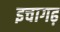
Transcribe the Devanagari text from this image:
इचागढ़